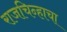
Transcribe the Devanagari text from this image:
राजचिन्हाचा